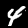
Digit: 4